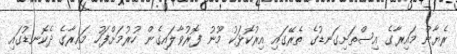
ރެޔާން މައިރާގެ އިސްތަށިގަނޑުގެ ތެރޭގައި އިރުކޮޅަކު މޫނު ފޮރުވާލައިގެން ހުރުމަށްފަހު މައިރާގެ ދެކޮނޑުގައި